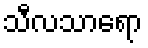
သီလသာရော